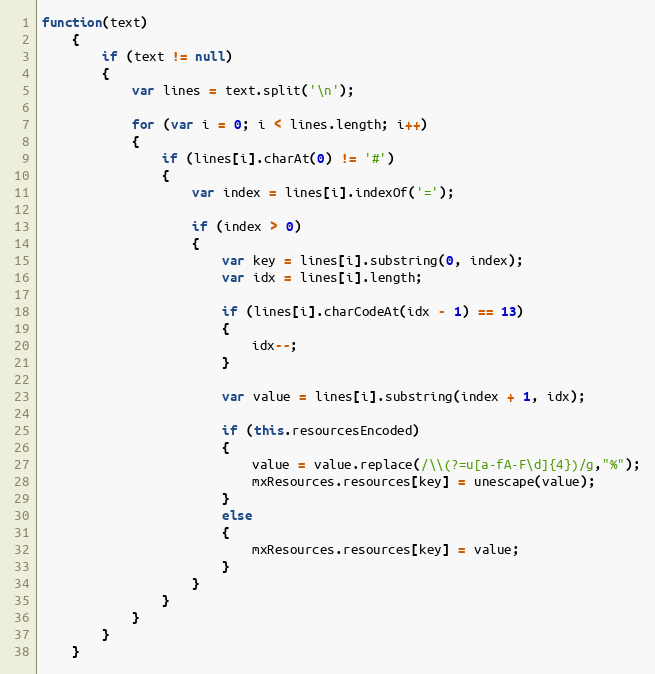
Language: JavaScript
function(text)
	{
		if (text != null)
		{
			var lines = text.split('\n');

			for (var i = 0; i < lines.length; i++)
			{
				if (lines[i].charAt(0) != '#')
				{
					var index = lines[i].indexOf('=');

					if (index > 0)
					{
						var key = lines[i].substring(0, index);
						var idx = lines[i].length;

						if (lines[i].charCodeAt(idx - 1) == 13)
						{
							idx--;
						}

						var value = lines[i].substring(index + 1, idx);

						if (this.resourcesEncoded)
						{
							value = value.replace(/\\(?=u[a-fA-F\d]{4})/g,"%");
							mxResources.resources[key] = unescape(value);
						}
						else
						{
							mxResources.resources[key] = value;
						}
					}
				}
			}
		}
	}